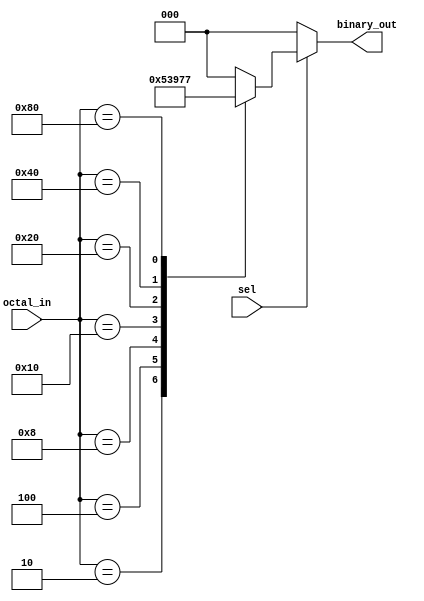
module encoder(binary_out,octal_in,sel);

output reg [2:0] binary_out;

input [7:0] octal_in;
input sel;

always @(sel or octal_in)
	begin
	binary_out = 3'b000;
	
		if (sel == 1) begin
			case (octal_in)
			//8'h01 : binary_out = 3'b000;
			8'h02 : binary_out = 3'b001;
			8'h04 : binary_out = 3'b010;
			8'h08 : binary_out = 3'b011;
			8'h10 : binary_out = 3'b100;
			8'h20 : binary_out = 3'b101;
			8'h40 : binary_out = 3'b110;
			8'h80 : binary_out = 3'b111;
			default : binary_out = 3'b000;
			
			endcase
		end
	
	end
endmodule